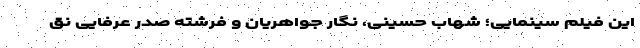
این فیلم سینمایی؛ شهاب حسینی، نگار جواهریان و فرشته صدر عرفایی نق